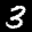
Label: 3